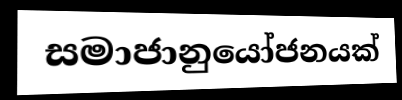
සමාජානුයෝජනයක්